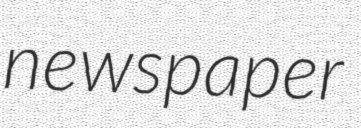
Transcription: newspaper